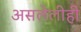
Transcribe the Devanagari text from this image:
असलेलीही